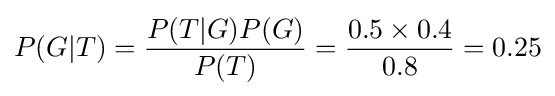
P(G|T)={\frac {P(T|G)P(G)}{P(T)}}={\frac {0.5\times 0.4}{0.8}}=0.25